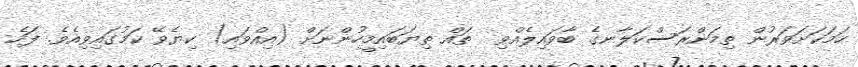
ހަމަކަށަވަރުން ތިމަންރަސްކަލާނގެ ބާވައިލެއްވި  ތައް ތިޔަބައިމީހުންނަށް (އިއްވައި) ކިޔެވޭ ކަމުގައިވިއެވެ. ފަހެ